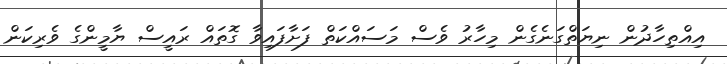
އިއްތިހާދުން ނިޔަތްގަނެގެން މިހާރު ވެސް މަސައްކަތް ފަށާފައިވާ ގޮތައް ރައީސް ޔާމީންގެ ވެރިކަން